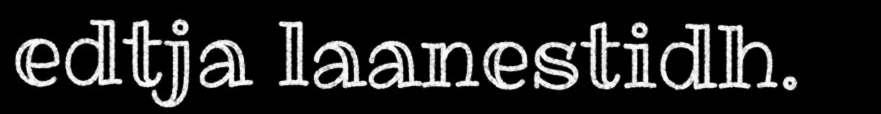
edtja laanestidh.